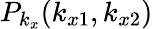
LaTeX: P_{k_{x}}(k_{x1},k_{x2})